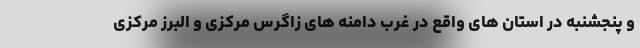
و پنجشنبه در استان های واقع در غرب دامنه های زاگرس مرکزی و البرز مرکزی